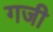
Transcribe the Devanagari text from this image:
गजी